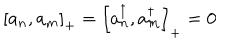
\left[ a _ { n } , a _ { m } \right] _ { + } = \left[ a _ { n } ^ { \dagger } , a _ { m } ^ { \dagger } \right] _ { + } = 0